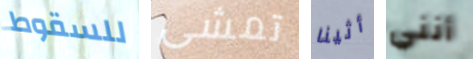
للسقوط تمشى أثينا أنني